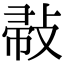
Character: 𢽪